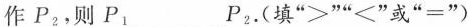
作P_{2}，则P_{1}___P_{2}.(填:“>”“<”或“=”)